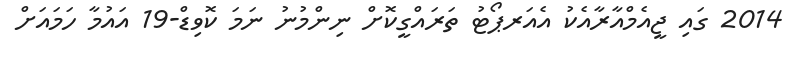
2014 ގައި ޖީއެމްއާރާއެކު އެއަރޕޯޓު ތަރައްގީކޮށް ނިންމުނު ނަމަ ކޮވިޑް-19 އައުމާ ހަމައަށް